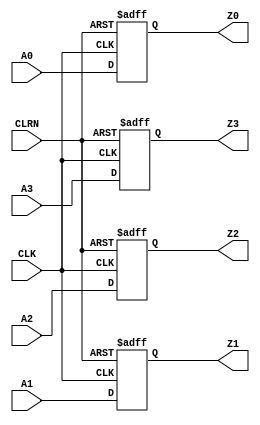
// Copyright (C) 2019  Intel Corporation. All rights reserved.
// Your use of Intel Corporation's design tools, logic functions 
// and other software and tools, and any partner logic 
// functions, and any output files from any of the foregoing 
// (including device programming or simulation files), and any 
// associated documentation or information are expressly subject 
// to the terms and conditions of the Intel Program License 
// Subscription Agreement, the Intel Quartus Prime License Agreement,
// the Intel FPGA IP License Agreement, or other applicable license
// agreement, including, without limitation, that your use is for
// the sole purpose of programming logic devices manufactured by
// Intel and sold by Intel or its authorized distributors.  Please
// refer to the applicable agreement for further details, at
// https://fpgasoftware.intel.com/eula.

// PROGRAM		"Quartus Prime"
// VERSION		"Version 19.1.0 Build 670 09/22/2019 SJ Lite Edition"
// CREATED		"Thu May 14 17:42:06 2020"

module Register(
	CLK,
	A0,
	A1,
	A2,
	A3,
	CLRN,
	Z0,
	Z1,
	Z2,
	Z3
);


input wire	CLK;
input wire	A0;
input wire	A1;
input wire	A2;
input wire	A3;
input wire	CLRN;
output reg	Z0;
output reg	Z1;
output reg	Z2;
output reg	Z3;






always@(posedge CLK or negedge CLRN)
begin
if (!CLRN)
	begin
	Z0 <= 0;
	end
else
	begin
	Z0 <= A0;
	end
end


always@(posedge CLK or negedge CLRN)
begin
if (!CLRN)
	begin
	Z1 <= 0;
	end
else
	begin
	Z1 <= A1;
	end
end


always@(posedge CLK or negedge CLRN)
begin
if (!CLRN)
	begin
	Z2 <= 0;
	end
else
	begin
	Z2 <= A2;
	end
end


always@(posedge CLK or negedge CLRN)
begin
if (!CLRN)
	begin
	Z3 <= 0;
	end
else
	begin
	Z3 <= A3;
	end
end


endmodule